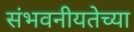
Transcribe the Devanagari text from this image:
संभवनीयतेच्या